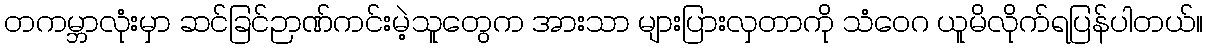
တကမ္ဘာလုံးမှာ ဆင်ခြင်ဉာဏ်ကင်းမဲ့သူတွေက အားသာ များပြားလှတာကို သံဝေဂ ယူမိလိုက်ရပြန်ပါတယ်။